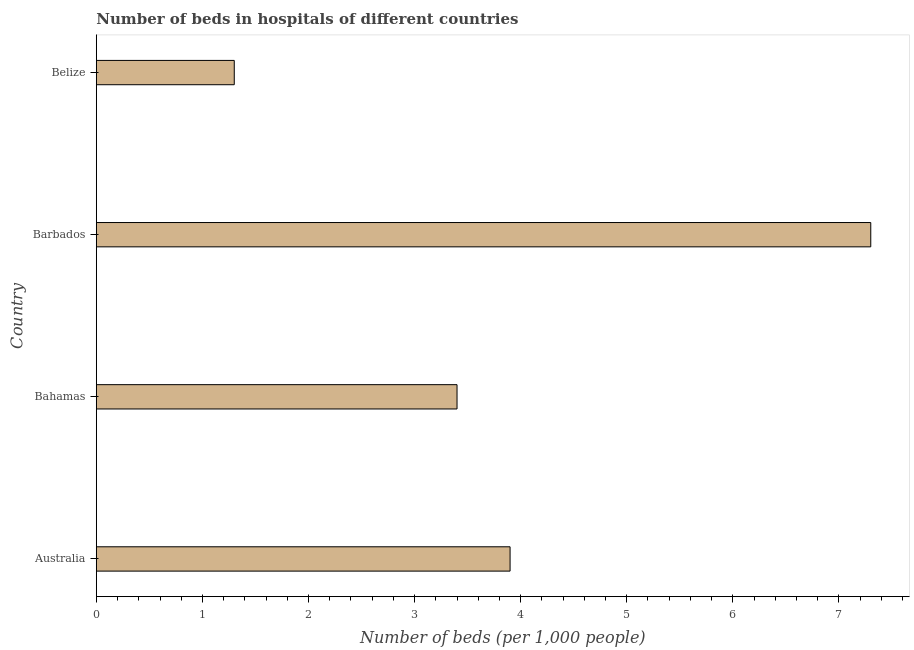
| Country | Hospital beds |
 | --- | --- |
 | Australia | 3.9 |
 | Bahamas | 3.4 |
 | Barbados | 7.3 |
 | Belize | 1.3 |